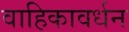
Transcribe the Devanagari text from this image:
वाहिकावर्धन